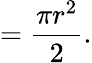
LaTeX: ={\frac{\pi r^{2}}{2}}.